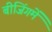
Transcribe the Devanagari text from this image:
बीजिंगमें